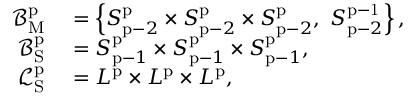
\begin{array} { r l } { \mathcal { B } _ { \mathrm { M } } ^ { \mathrm { p } } } & { { } = \left\{ S _ { \mathrm { p } - 2 } ^ { \mathrm { p } } \times S _ { \mathrm { p } - 2 } ^ { \mathrm { p } } \times S _ { \mathrm { p } - 2 } ^ { \mathrm { p } } , \ S _ { \mathrm { p } - 2 } ^ { \mathrm { p - 1 } } \right\} , } \\ { \mathcal { B } _ { \mathrm { S } } ^ { \mathrm { p } } } & { { } = S _ { \mathrm { p } - 1 } ^ { \mathrm { p } } \times S _ { \mathrm { p } - 1 } ^ { \mathrm { p } } \times S _ { \mathrm { p } - 1 } ^ { \mathrm { p } } , } \\ { \mathcal { L } _ { \mathrm { S } } ^ { \mathrm { p } } } & { { } = L ^ { \mathrm { p } } \times L ^ { \mathrm { p } } \times L ^ { \mathrm { p } } , } \end{array}